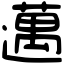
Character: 邁